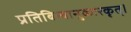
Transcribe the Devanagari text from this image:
प्रतिबिम्बानुकारकृत्‌।